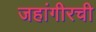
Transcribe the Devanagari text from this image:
जहांगीरची